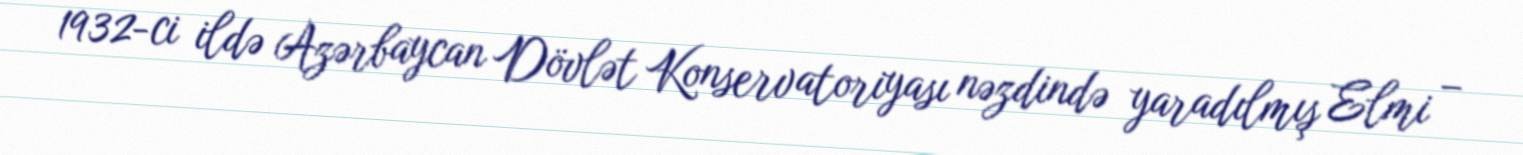
1932-ci ildə Azərbaycan Dövlət Konservatoriyası nəzdində yaradılmış Elmi –